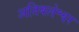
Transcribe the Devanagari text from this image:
अतिबलेश्वर